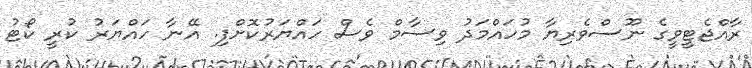
ރާއްޖެޓީވީގެ ނޫސްވެރިޔާ މުހައްމަދު ވިސާމް ވެސް ހައްޔަރުކޮށްފި. އޭނާ ހައްޔަރު ކުރީ ކޯޓު